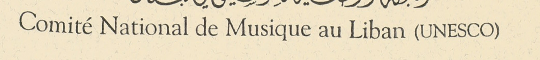
Comité National de Musique au Liban (UNESCO)